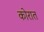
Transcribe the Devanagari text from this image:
कोरात